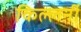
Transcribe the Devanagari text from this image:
किल्लर्नी